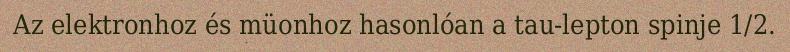
Az elektronhoz és müonhoz hasonlóan a tau-lepton spinje 1/2.